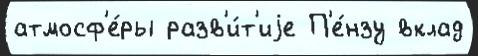
атмосф'е́ры разв'и́т'иjе П'е́нзу вклад